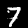
Digit: 7